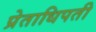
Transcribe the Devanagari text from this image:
प्रेताधिपती